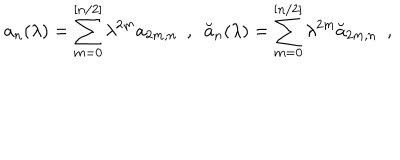
LaTeX: a _ { n } ( \lambda ) = \sum _ { m = 0 } ^ { [ n / 2 ] } \lambda ^ { 2 m } a _ { 2 m , n } ~ ~ , ~ ~ \breve { a } _ { n } ( \lambda ) = \sum _ { m = 0 } ^ { [ n / 2 ] } \lambda ^ { 2 m } \breve { a } _ { 2 m , n } ~ ~ ,